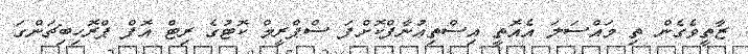
ޒާތީވެގެން ތި މައްސަލަ އެއޮތީ އިސްތިޢުނާފްކޮށްފަ ސްޕްރީމް ކޮޓުގެ ރިޓް އޮފް ޕްރޮހިބިޗަންގަ